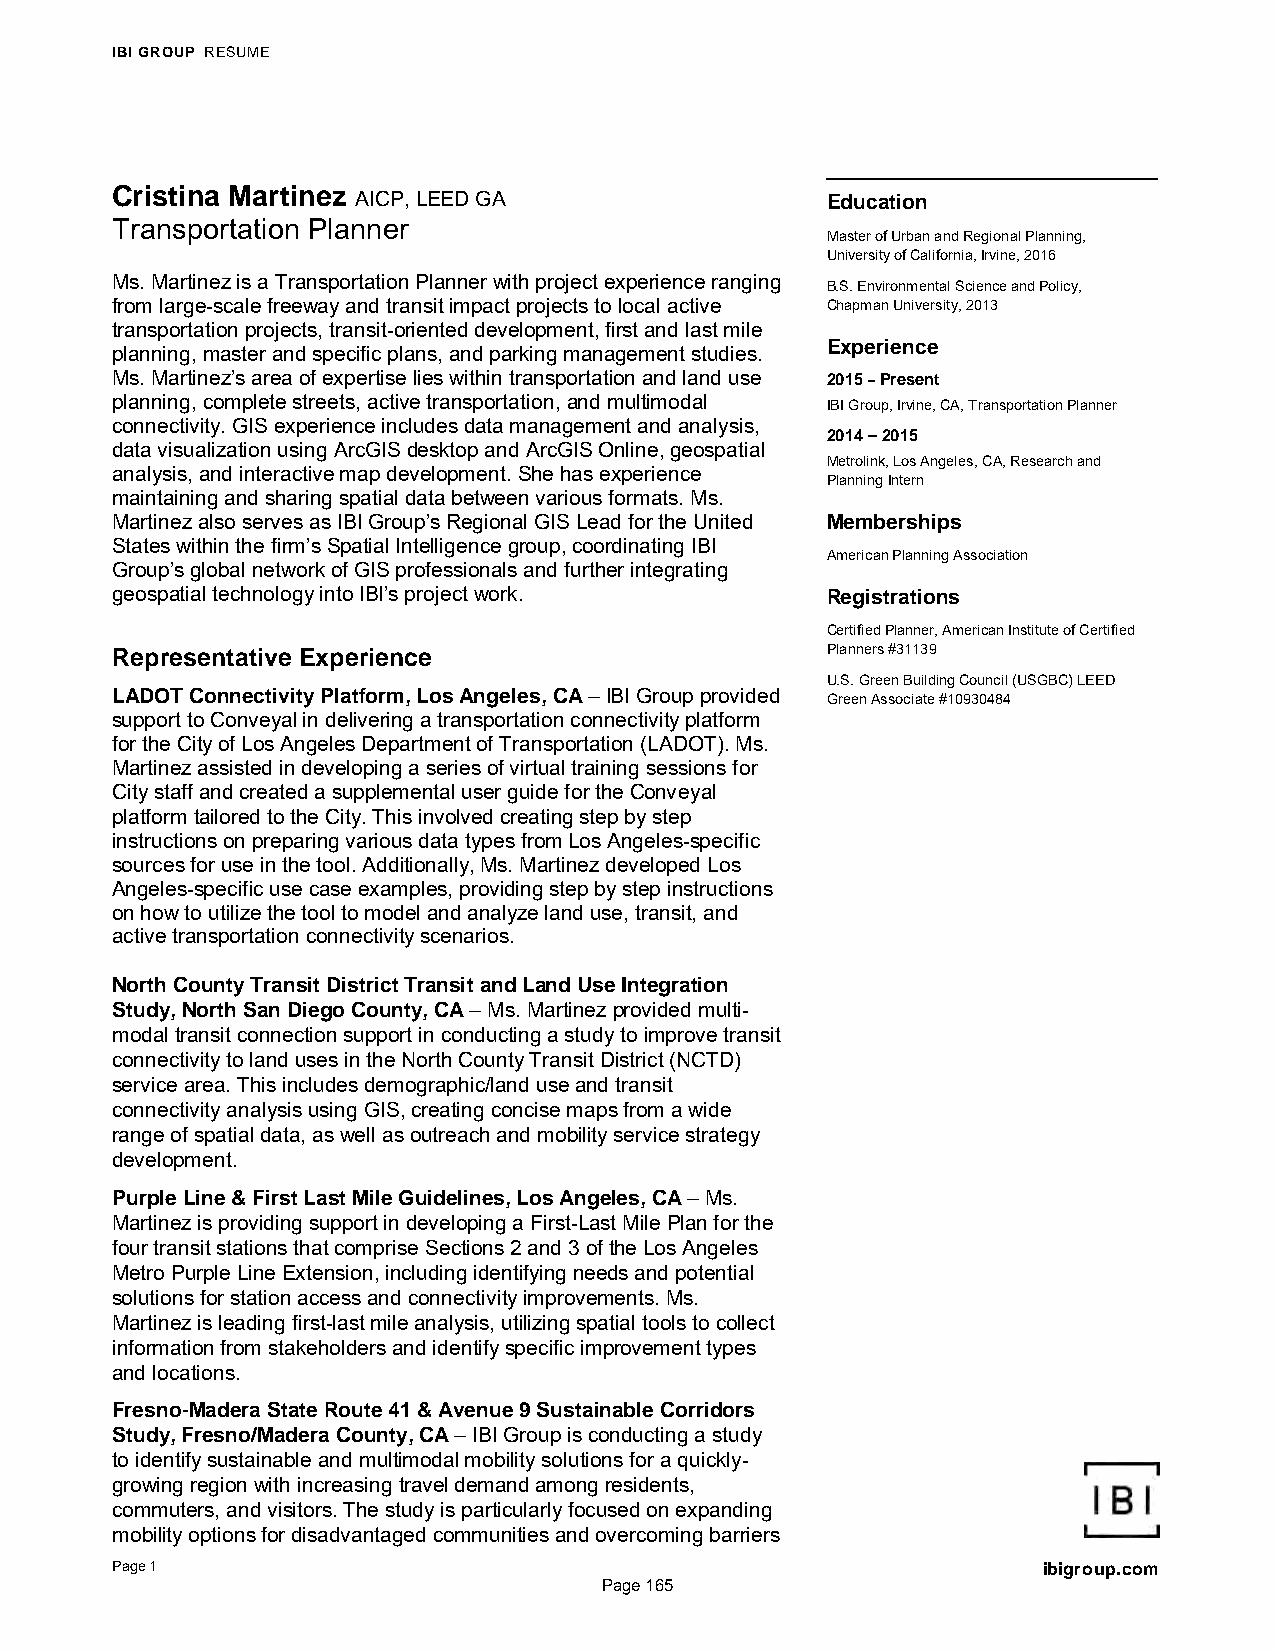
IBI GROUP RESUME
 Cristina Martinez AICP, LEED GA                 Education
 Transportation Planner
 Master of Urban and Regional Planning,
 University of California, Irvine, 2016
 Ms. Martinez is a Transportation Planner with project experience ranging B.S. Environmental Science and Policy,
 from large-scale freeway and transit impact projects to local active Chapman University, 2013
 transportation projects, transit-oriented development, first and last mile
 Experience
 planning, master and specific plans, and parking management studies.
 Ms. Martinez’s area of expertise lies within transportation and land use 2015 – Present
 planning, complete streets, active transportation, and multimodal IBI Group, Irvine, CA, Transportation Planner
 connectivity. GIS experience includes data management and analysis,
 2014 – 2015
 data visualization using ArcGIS desktop and ArcGIS Online, geospatial
 Metrolink, Los Angeles, CA, Research and
 analysis, and interactive map development. She has experience
 Planning Intern
 maintaining and sharing spatial data between various formats. Ms.
 Martinez also serves as IBI Group’s Regional GIS Lead for the United Memberships
 States within the firm’s Spatial Intelligence group, coordinating IBI
 American Planning Association
 Group’s global network of GIS professionals and further integrating
 geospatial technology into IBI’s project work.  Registrations
 Certified Planner, American Institute of Certified
 Representative Experience                       Planners #31139
 U.S. Green Building Council (USGBC) LEED
 LADOT Connectivity Platform, Los Angeles, CA – IBI Group provided Green Associate #10930484
 support to Conveyal in delivering a transportation connectivity platform
 for the City of Los Angeles Department of Transportation (LADOT). Ms.
 Martinez assisted in developing a series of virtual training sessions for
 City staff and created a supplemental user guide for the Conveyal
 platform tailored to the City. This involved creating step by step
 instructions on preparing various data types from Los Angeles-specific
 sources for use in the tool. Additionally, Ms. Martinez developed Los
 Angeles-specific use case examples, providing step by step instructions
 on how to utilize the tool to model and analyze land use, transit, and
 active transportation connectivity scenarios.
 North County Transit District Transit and Land Use Integration
 Study, North San Diego County, CA – Ms. Martinez provided multi-
 modal transit connection support in conducting a study to improve transit
 connectivity to land uses in the North County Transit District (NCTD)
 service area. This includes demographic/land use and transit
 connectivity analysis using GIS, creating concise maps from a wide
 range of spatial data, as well as outreach and mobility service strategy
 development.
 Purple Line & First Last Mile Guidelines, Los Angeles, CA – Ms.
 Martinez is providing support in developing a First-Last Mile Plan for the
 four transit stations that comprise Sections 2 and 3 of the Los Angeles
 Metro Purple Line Extension, including identifying needs and potential
 solutions for station access and connectivity improvements. Ms.
 Martinez is leading first-last mile analysis, utilizing spatial tools to collect
 information from stakeholders and identify specific improvement types
 and locations.
 Fresno-Madera State Route 41 & Avenue 9 Sustainable Corridors
 Study, Fresno/Madera County, CA – IBI Group is conducting a study
 to identify sustainable and multimodal mobility solutions for a quickly-
 growing region with increasing travel demand among residents,
 commuters, and visitors. The study is particularly focused on expanding
 mobility options for disadvantaged communities and overcoming barriers
 Page 1                                                        ibigroup.com
 Page 165